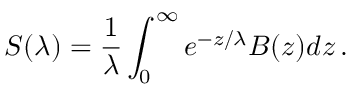
S ( \lambda ) = { \frac { 1 } { \lambda } } \int _ { 0 } ^ { \infty } e ^ { - z / \lambda } B ( z ) d z \, .